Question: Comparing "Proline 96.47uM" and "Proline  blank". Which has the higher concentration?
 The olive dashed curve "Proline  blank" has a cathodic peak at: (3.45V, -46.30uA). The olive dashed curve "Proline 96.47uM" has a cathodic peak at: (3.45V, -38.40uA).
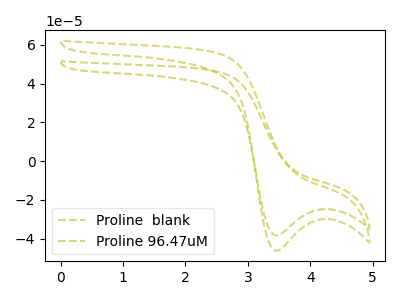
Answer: <think>All the peaks in "Proline 96.47uM" have a peak in "Proline  blank" at the same potential. Every peak in "Proline 96.47uM" is lower than every peak in "Proline  blank".
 </think>
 <answer>"Proline 96.47uM" has less signal than "Proline  blank" and so likely has a lower concentration.</answer>
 <eval>less_concentration</eval>